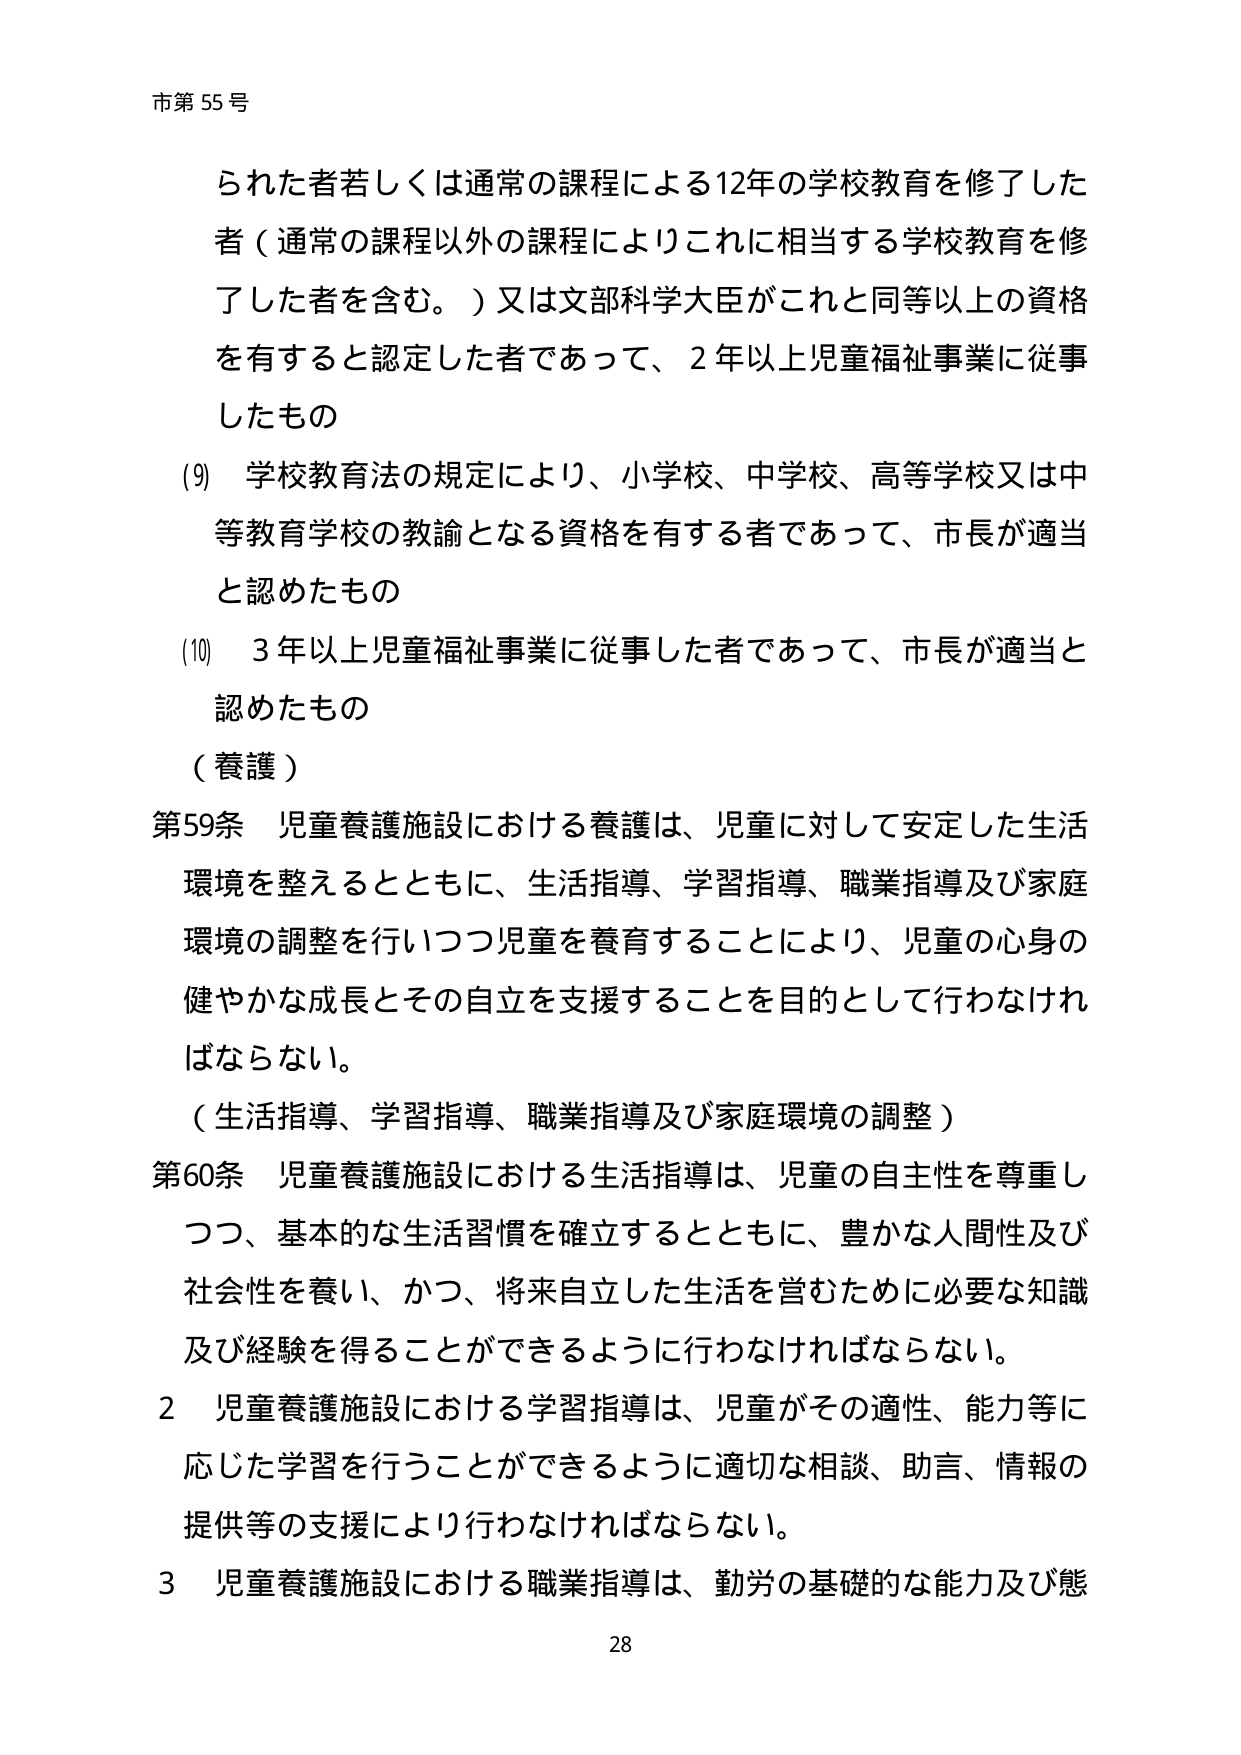
市第55号

られた者若しくは通常の課程による12年の学校教育を修了した
者（通常の課程以外の課程によりこれに相当する学校教育を修
了した者を含む。）又は文部科学大臣がこれと同等以上の資格
を有すると認定した者であって、2年以上児童福祉事業に従事
したもの

(9) 学校教育法の規定により、小学校、中学校、高等学校又は中
等教育学校の教諭となる資格を有する者であって、市長が適当
と認めたもの

(10) 3年以上児童福祉事業に従事した者であって、市長が適当と
認めたもの

（養護）

第59条 児童養護施設における養護は、児童に対して安定した生活
環境を整えるとともに、生活指導、学習指導、職業指導及び家庭
環境の調整を行いつつ児童を養育することにより、児童の心身の
健やかな成長とその自立を支援することを目的として行わなけれ
ばならない。

（生活指導、学習指導、職業指導及び家庭環境の調整）

第60条 児童養護施設における生活指導は、児童の自主性を尊重し
つつ、基本的生活習慣を確立するとともに、豊かな人間性及び
社会性を養い、かつ、将来自立した生活を営むために必要な知識
及び経験を得ることができるように行わなければならない。

2 児童養護施設における学習指導は、児童がその適性、能力等に
応じた学習を行うことができるように適切な相談、助言、情報の
提供等の支援により行わなければならない。

3 児童養護施設における職業指導は、勤労の基礎的な能力及び態

28